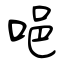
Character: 唈